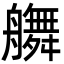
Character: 䒉